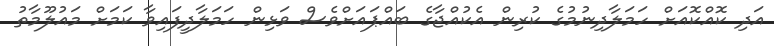
އަދި ކޮއްކޮއަށް ހަމަލާދިނުމުގެ ކުރިން އެކުއްޖާގެ ބައްޕައަށްވެސް ވަޅިން ހަމަލާދީފައިވާ ކަމަށް މައުލޫމާތު